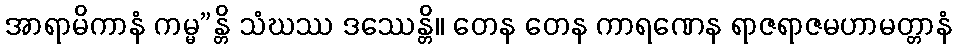
အာရာမိကာနံ ကမ္မ”န္တိ သံဃဿ ဒဿေန္တိ။ တေန တေန ကာရဏေန ရာဇရာဇမဟာမတ္တာနံ